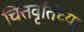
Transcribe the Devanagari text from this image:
चित्तवृतिंच्या